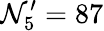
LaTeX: \mathcal{N}_{5}^{\prime}=87